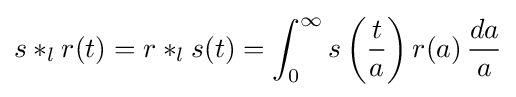
s*_{l}r(t)=r*_{l}s(t)=\int _{0}^{\infty }s\left({\frac {t}{a}}\right)r(a)\,{\frac {da}{a}}